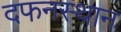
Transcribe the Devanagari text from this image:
दफनस्थान